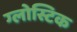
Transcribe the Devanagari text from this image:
ग्लोस्टिक